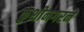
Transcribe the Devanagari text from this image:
कुशीनगरने